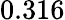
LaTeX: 0.316